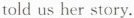
told us her story.